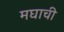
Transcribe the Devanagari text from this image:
मघाची